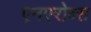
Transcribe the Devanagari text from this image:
एनएरोब्स